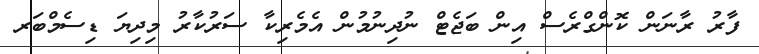
ފާރު ރާނަން ކޮންގްރެސް އިން ބަޖެޓް ނުދިނުމުން އެމެރިކާ ސަރުކާރު މިދިޔަ ޑިސެމްބަރ